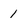
Character: 1